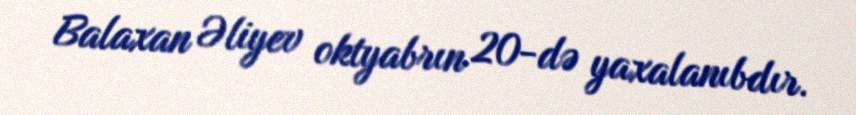
Balaxan Əliyev oktyabrın 20-də yaxalanıbdır.